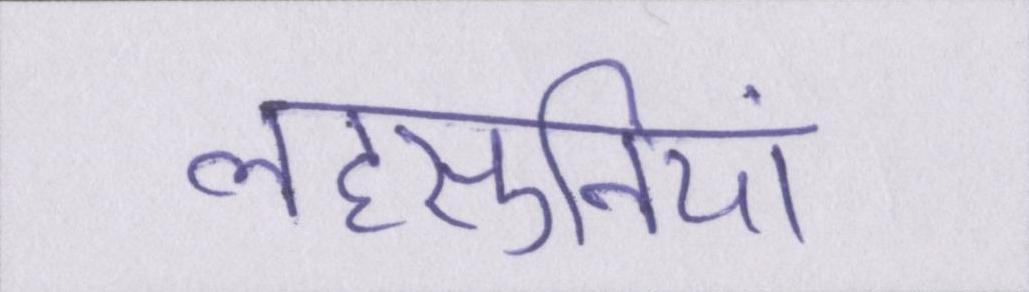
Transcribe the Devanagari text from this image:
लहसुनियां